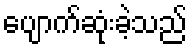
ပျောက်ဆုံးခဲ့သည်